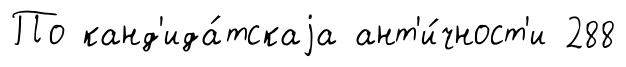
По канд'ида́тскаjа ант'и́чност'и 288